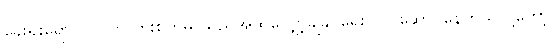
ခွေးရူးရောဂါ လူကို ကူးစက်မှု သုညအထိလျှော့ချနိုင်ရေး လုပ်ဆောင်နေတယ်လို့တော့